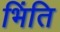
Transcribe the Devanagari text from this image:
भिंति